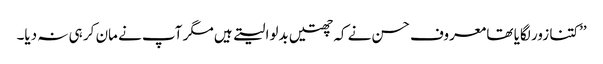
’’کتنا زور لگایا تھا معروف حسن نے کہ چھتیں بدلوا لیتے ہیں مگر آپ نے مان کر ہی نہ دیا۔